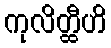
ကုလိတ္ထီဟိ